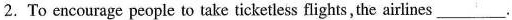
2. To encourage people to take ticketless flights,the airlines ___.